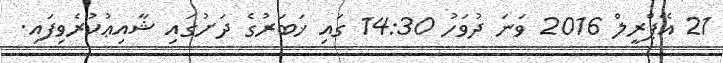
21 އޭޕްރީލް 2016 ވަނަ ދުވަހު 14:30 ގައި ޚަބަރުގެ ދަށުގައި ޝާއިޢުކުރެވިފައި.